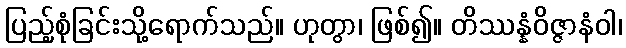
ပြည့်စုံခြင်းသို့ရောက်သည်။ ဟုတွာ၊ ဖြစ်၍။ တိဿန္နံဝိဇ္ဇာနံဝါ၊